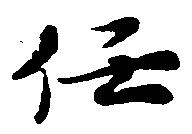
任